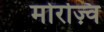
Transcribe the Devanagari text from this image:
मोरज़्वि